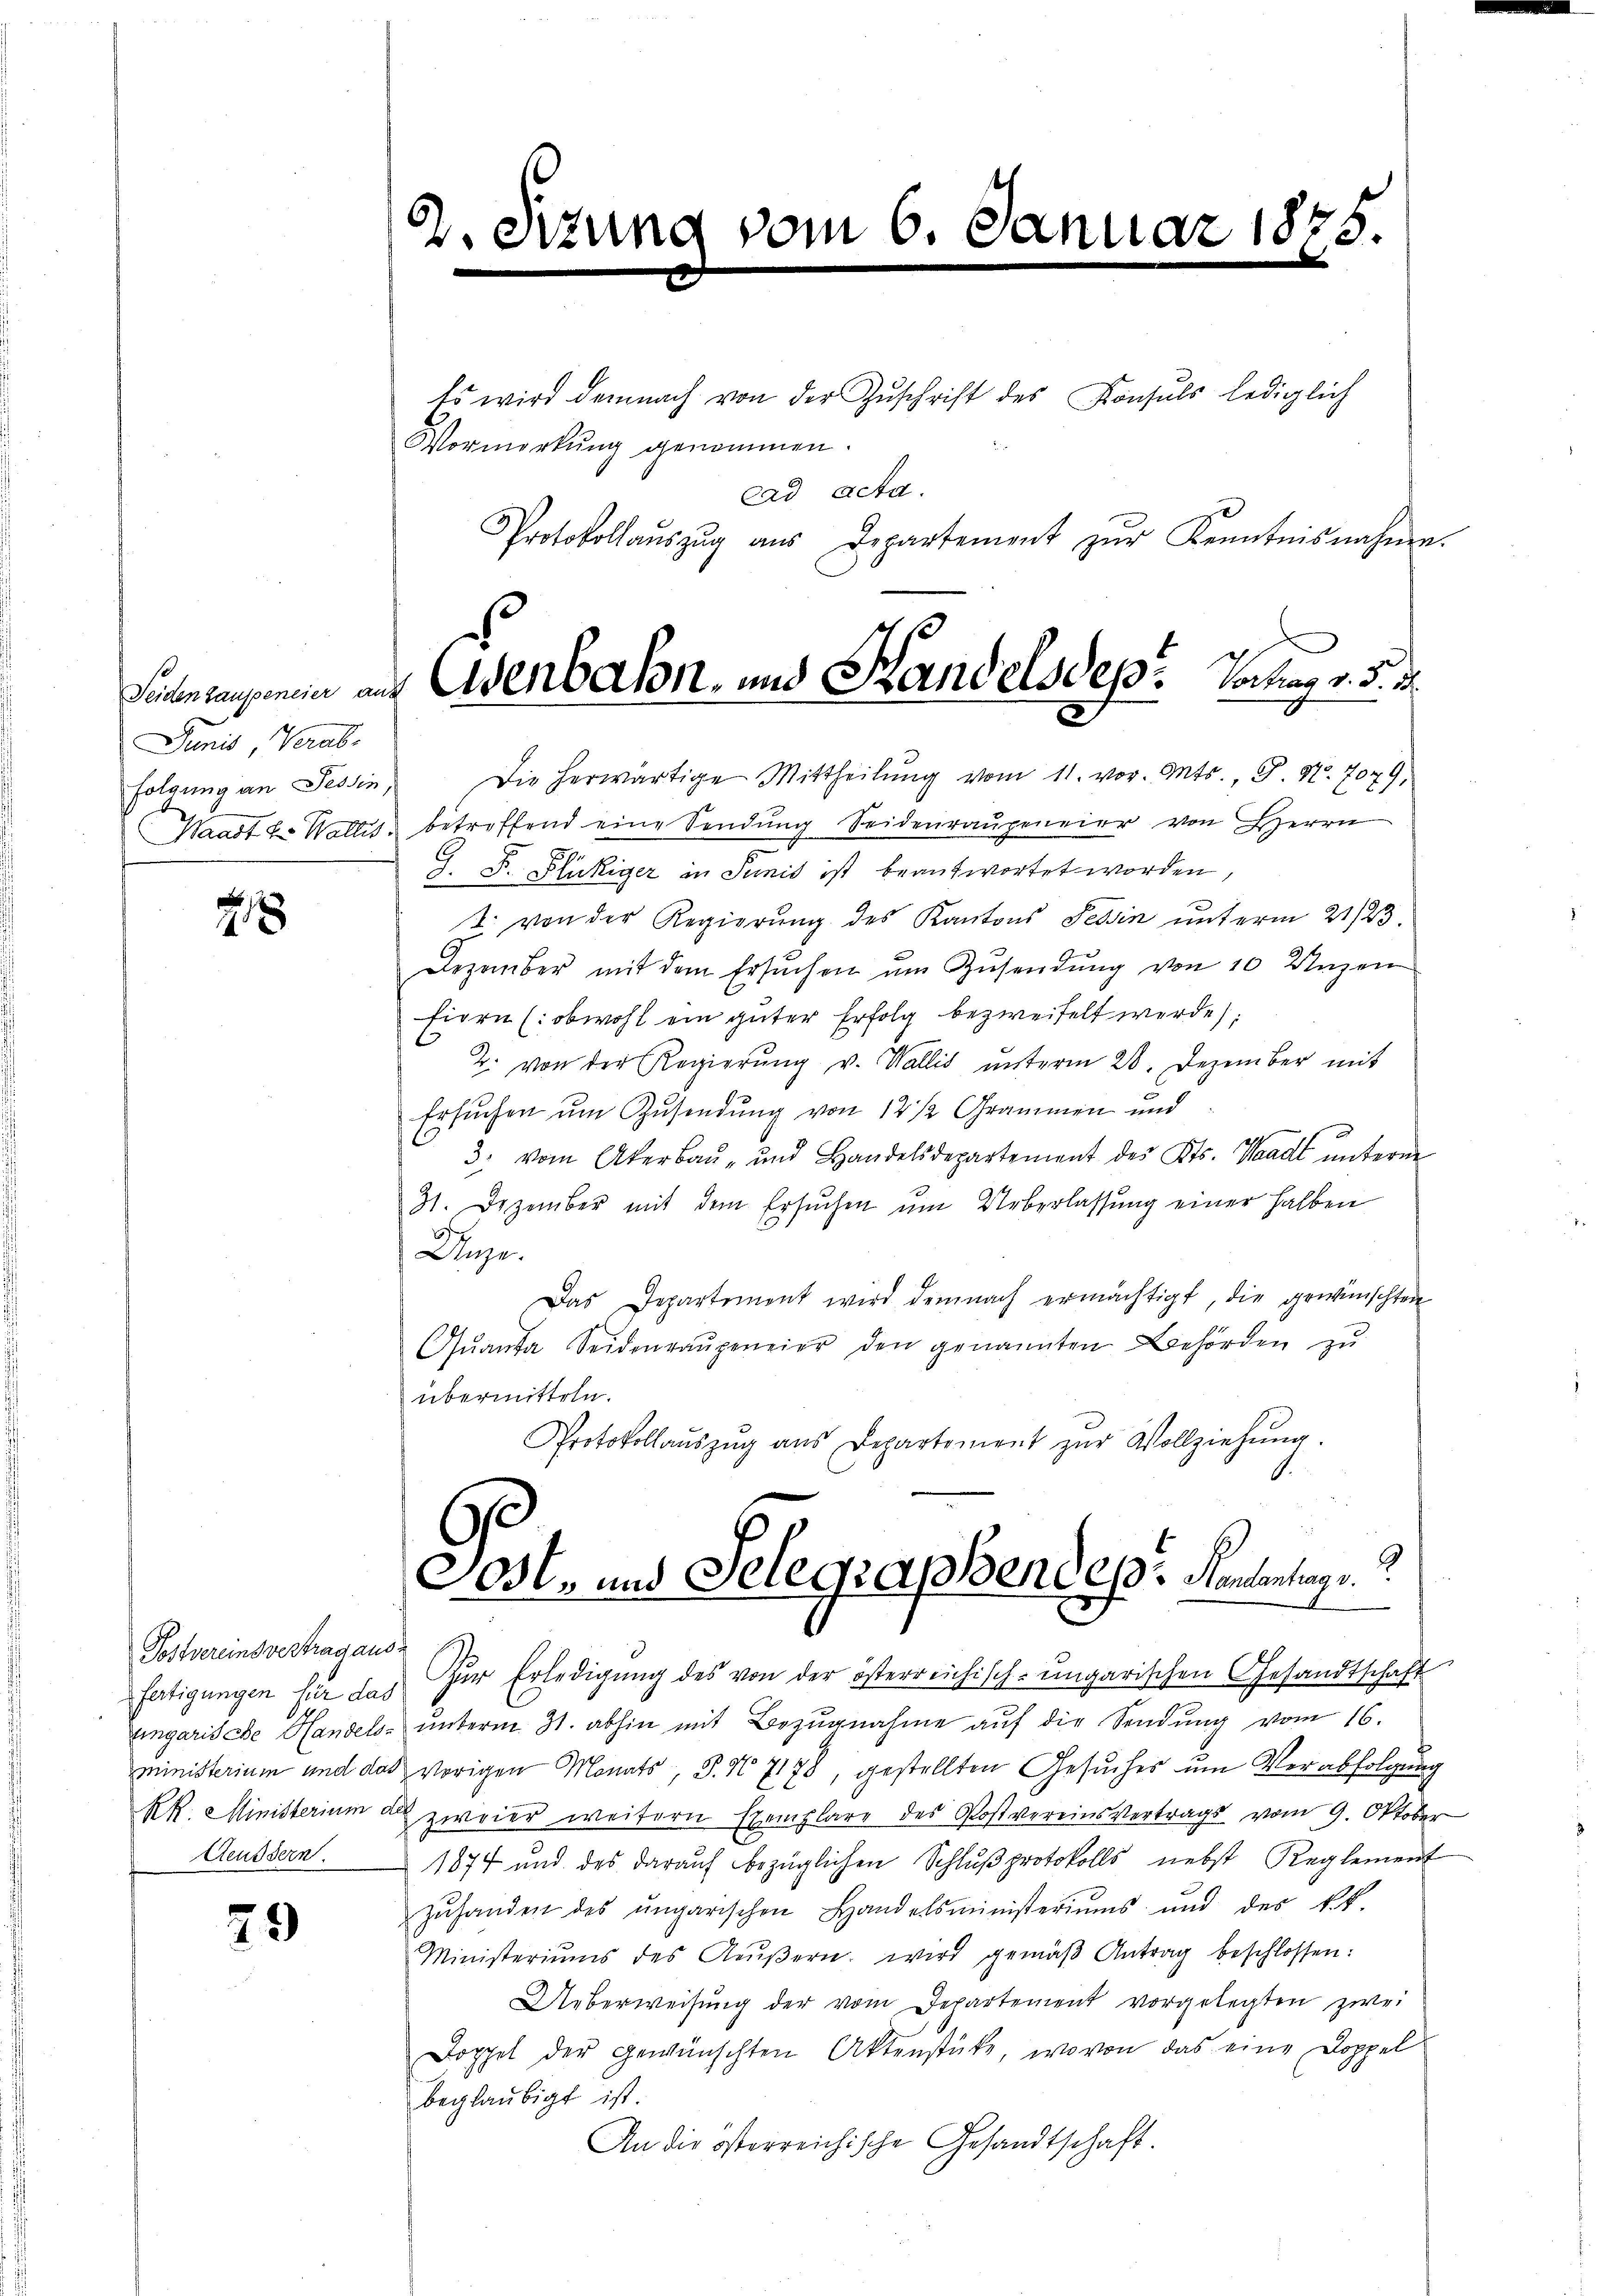
Seiden Laupeneier an
Junis Verab-
folgung an Tessin
Waadt zu Wallis

2

Postvereinsvertrag an
fertigungen für das
Eingarische Handels
oministerium und da¬
Rk. Ministerium d.
Aeussern

29

2.

Vormerkung genommen.
Protokollaŭszŭg aŭs Departement zŭr Kenntnisnahme.
Die herwärtige Mittheilŭng vom 11. vor. Mts. S. Nr. 7079,
betreffend eine Sendung Seidenraugeneier von Herrn
39.
J. F. Flukiger in Sunis ist beantwortet worden,
t. von der Regierung des Kantons Tessin unterm 21/23.
Dezember mit dem Ersuchen um Zusendung von 10 Unzen
fiere (obwohl ein guter Erfolg bezweifelt werde;
2. von der Regierŭng v. Wallis ŭnterm 28. Dezember mit
Ersŭchen um Zusendung von 12 1/2 Grammen und
3. vom Akerbau- und Handelsdepartement des Kts. Waadt ŭnterm
81. Dezember mit dem Ersuchen ŭm Ueberlassŭng einer halben
Dinge.
Das Departement wird demnach ermächtigt, die gewünschten
Qŭanta Seidenraŭgeneier den genannten Behörden zu
übermitteln.
Protokollaŭszŭg aŭs Departement zŭr Vollziehŭng.
9
Gost- und Telegraphendes: Handenhage
Zŭr Erledigŭng des von der österreichisch-ungarischen Gesandtschaft
unterm 31. abhin mit Bezugnahme aŭf die Sendung vom 16.
vorigen Monats, S. No 7178, gestellten Gesŭches ŭm Verabfolgŭng
e zweier weitern Exemplare des Postvereinsvertrags vom 9. Oktober
1874 und das darauf bezüglichen Schlŭβ protokolls nebst Reglement
Zŭhanden des ungarischen Handelsministeriums und des k.k.
Ministeriums des Aŭβern wird gemäβ Antrag beschlossen:
Ueberweisung der vom Departement vorgelegten zwei
Doppel der gewünschten Aktenstücke, wovon das eine Doppelbeglaubigt ist.
An die österreichische Gesandtschaft.

vom 6. Januar 1875

Es wird demnach von der Zŭschrift des Konsuls lediglich
cad acta.

Eisenbahn, und Bandelsdep: Vochag v. 5. d.